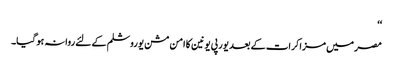
‘‘
مصر میں مزاکرات کے بعد یورپی یونین کا امن مشن یوروشلم کے لئے روانہ ہو گیا۔